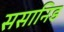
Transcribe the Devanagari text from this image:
ससानिड